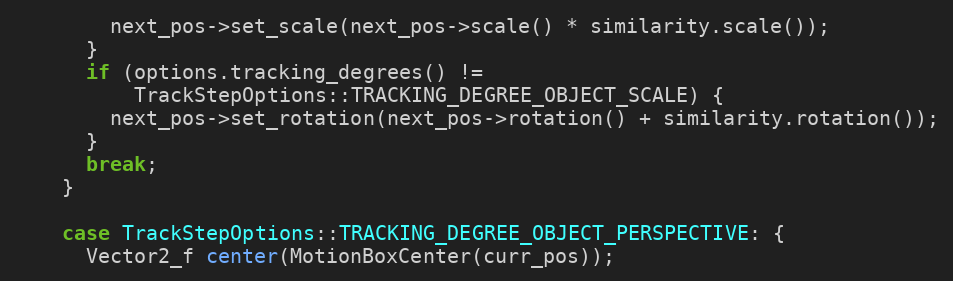
Language: C++
        next_pos->set_scale(next_pos->scale() * similarity.scale());
      }
      if (options.tracking_degrees() !=
          TrackStepOptions::TRACKING_DEGREE_OBJECT_SCALE) {
        next_pos->set_rotation(next_pos->rotation() + similarity.rotation());
      }
      break;
    }

    case TrackStepOptions::TRACKING_DEGREE_OBJECT_PERSPECTIVE: {
      Vector2_f center(MotionBoxCenter(curr_pos));